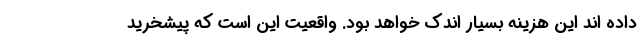
داده اند این هزینه بسیار اندک خواهد بود. واقعیت این است که پیشخرید